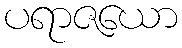
ပရာဇယော